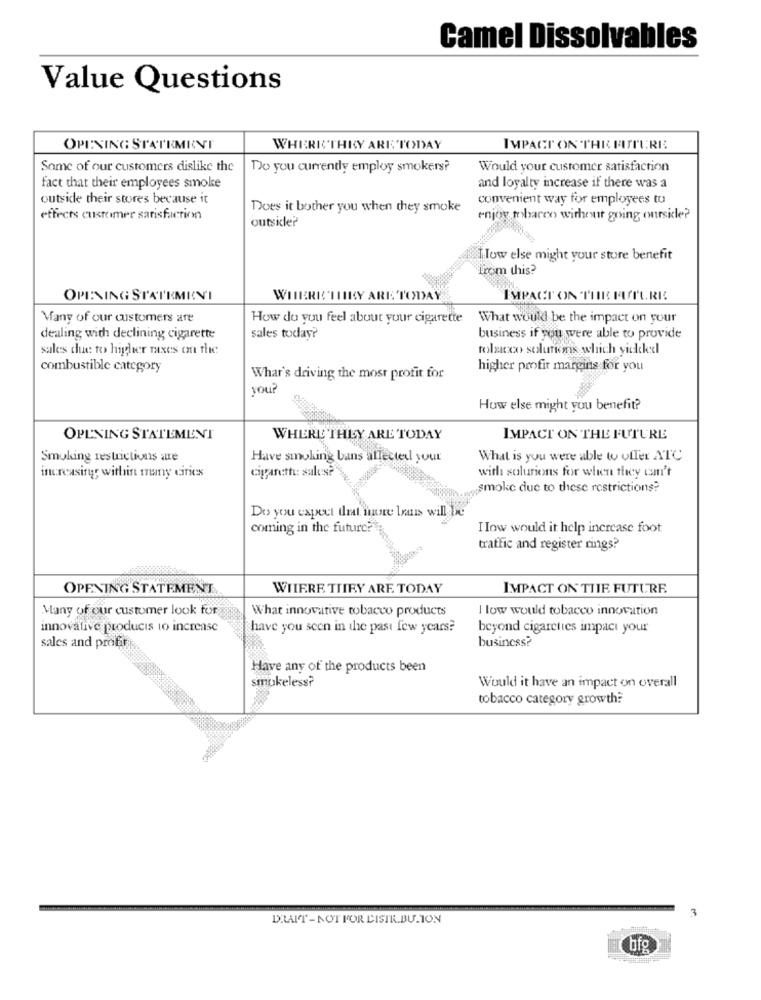
Camel Dissolvables
Value Questions
OPENING STATEMENT
WHERE THEY ARE TODAY
IMPACT ON THE FUTURE
Some of our customers dislike the
Do you currendy employ smokers?
Would your customer satisfaction
fact that their employees smoke
and loyalty increase if there was a
outside their stores because it
convenient way for employees tu
Does it bother you when they smoke
effects customer satisfaction
enjoy tobacco without going ourside?
outsider
flow else might your store benefit
from this?
OPENING STATEMENI
WHERE THEY ARE TODAY
IMPACT ON THE FUTURE
Many of our customers are
How do you feel about your cigarette
What would be the impact on your
dealing with declining cigarette
sales today?'
business if you were able to provide
sales due to higher taxes con thee:
tobacco solutions which yickkel
combustible category
higher profit margins for you
Whar's driving the most profit for
you?
How else might you benefit?
OPENING STATEMENT
WHERE THEY ARE TODAY
IMPACT ON THE FUTURE
Smoking restrictions are
Have smoking bans allected your
What is you were able to offer ATC
cigarette: sales?"
with solutions for when they can't
increasing; within mumy cities
smoke due to these restrictions?
Do you expect trat more lran will be
coming in the future?
I low would it help increase foot
traffic and register rings?
OPENING STATEMENT
WHERE THEY ARE TODAY
IMPACT ON THE FUTURE
Many of our customer look for
What innovative tobacco products
I low would tobacco innovation
innovative products to increase
have you seen in the past few years?
beyond cigarettes impact your
business?
sales and profit
Have any of the products been
smokeless?
Would it have an impact on overall
tobacco category growth?
DRAIT-NOT FOR DISTR.BU.ION
bfg